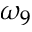
\omega _ { 9 }